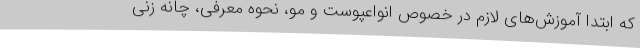
که ابتدا آموزش‌های لازم در خصوص انواعپوست و مو، نحوه معرفی، چانه زنی